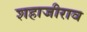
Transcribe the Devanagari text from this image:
शहाजीराव